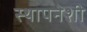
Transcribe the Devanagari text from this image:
स्थापनेशी